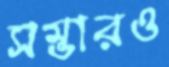
সম্ভারও